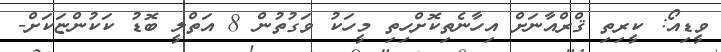
ވީޑިއޯ: ކީރިތި ޤްރްއާނަށް އިހާނެތިކޮށްހިތި މީހަކު ވަގުތުން 8 އަތްލީ ބޮޑު ކަކުންޏަކަށް-